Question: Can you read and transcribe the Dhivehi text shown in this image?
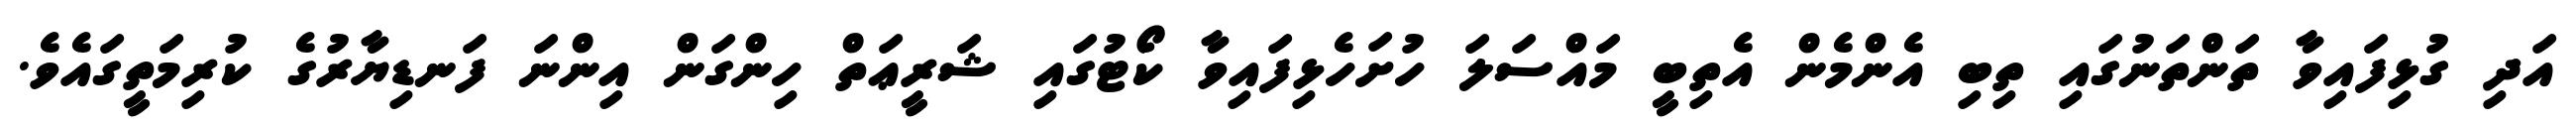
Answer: އަދި ގުޅިފައިވާ ތަންތަނުގައި ތިބި އެންމެން އެތިބީ މައްސަލަ ހުށަހެޅިފައިވާ ކޯޓުގައި ޝަރީޢަތް ހިންގަން އިންނަ ފަނޑިޔާރުގެ ކުރިމަތީގައެވެ.